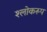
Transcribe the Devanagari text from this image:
श्लोकरूप